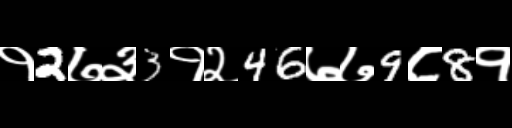
Text: १2७३3१२46७७9८8१